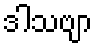
ဒါသဗျာ